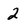
Character: 2